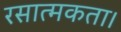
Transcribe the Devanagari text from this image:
रसात्मकता।